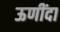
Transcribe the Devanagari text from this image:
ऊणींदा